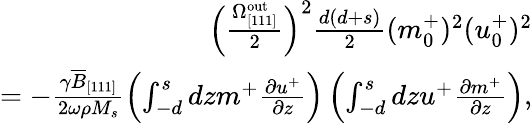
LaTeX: \begin{array}{r}{\Big(\frac{\Omega_{\mathrm{[111]}}^{\mathrm{out}}}{2}\Big)^{2}\frac{d(d+s)}{2}(m_{0}^{+})^{2}(u_{0}^{+})^{2}}\\ {=-\frac{\gamma\overline{{B}}_{[111]}}{2\omega\rho M_{s}}\left(\int_{-d}^{s}dzm^{+}\frac{\partial u^{+}}{\partial z}\right)\left(\int_{-d}^{s}dzu^{+}\frac{\partial m^{+}}{\partial z}\right),}\end{array}